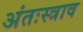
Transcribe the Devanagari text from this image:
अंतःस्त्राव